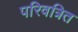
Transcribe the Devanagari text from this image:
परिवत्रित